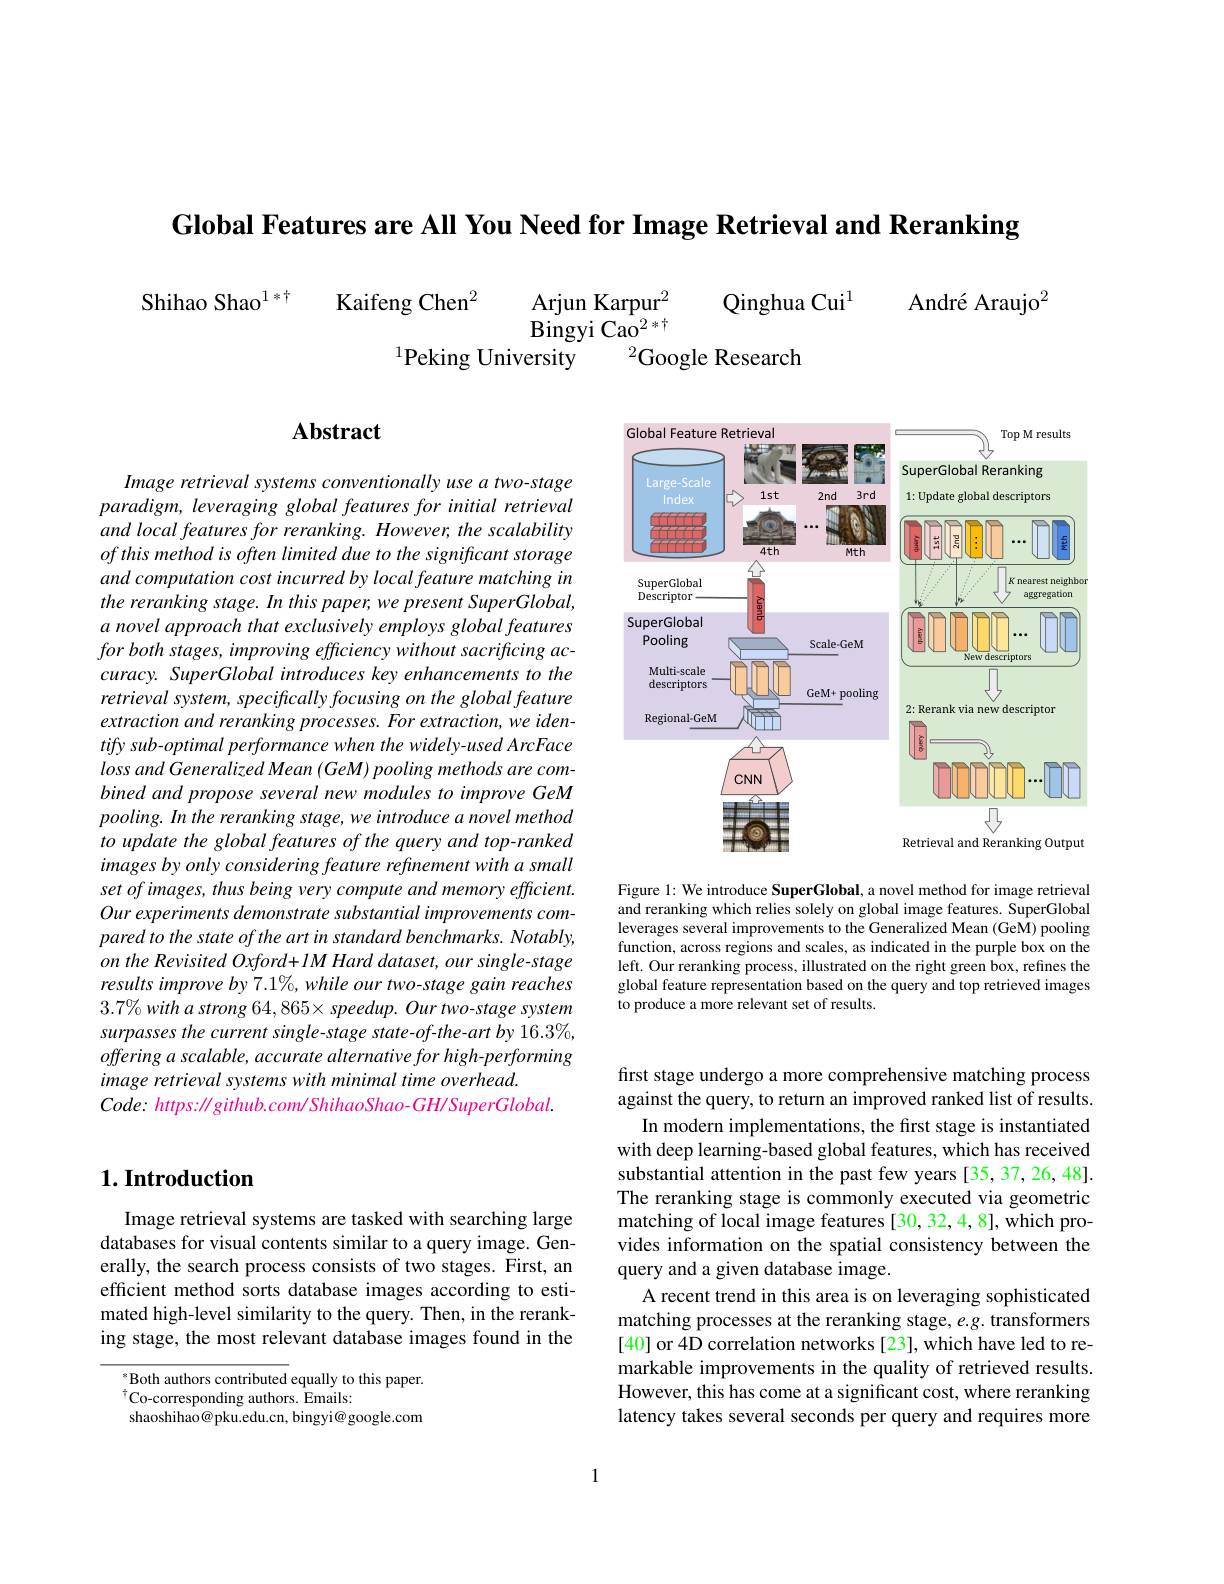
Global Features are All You Need for Image Retrieval and Reranking

André Araujo$^{2}$

Qinghua Cui$^{1}$
Arjun Karpur$^{2}$
Shihao Shao$^{1* \dagger }$ Kaifeng Chen$^{2}$
Bingyi Cao$^{2*\dagger}$
$^{2}$Google Research
$^{1}$Peking University

# Abstract

Image retrieval systems conventionally use a two-stage paradigm, leveraging global features for initial retrieval and local features for reranking. However, the scalability of this method is often limited due to the significant storage and computation cost incurred by local feature matching in the reranking stage. In this paper, we present SuperGlobal, a novel approach that exclusively employs global features for both stages, improving efficiency without sacrificing accuracy. SuperGlobal introduces key enhancements to the retrieval system, specifically focusing on the global feature extraction and reranking processes. For extraction, we identify sub-optimal performance when the widely-used ArcFace loss and Generalized Mean (GeM) pooling methods are combined and propose several new modules to improve GeM pooling. In the reranking stage, we introduce a novel method to update the global features of the query and top-ranked images by only considering feature refinement with a small set of images, thus being very compute and memory efficient. Our experiments demonstrate substantial improvements compared to the state of the art in standard benchmarks. Notably, on the Revisited Oxford+ IM Hard dataset, our single-stage results improve by 7.1%, while our two-stage gain reaches $3.7\%withastrong64,865\times speedup.Ourtwo-stagesystem$ surpasses the current single-stage state-of-the-art by 16.3%, offering a scalable, accurate alternative for high-performing image retrieval systems with minimal time overhead.
$Code:https:\|github.com/ShihaoShao-GH/SuperGlobal.$

<FigureHere>

Figure 1: We introduce SuperGlobal, a novel method for image retrieval and reranking which relies solely on global image features. SuperGlobal leverages several improvements to the Generalized Mean (GeM) pooling function, across regions and scales, as indicated in the purple box on the left. Our reranking process, illustrated on the right green box, refines the global feature representation based on the query and top retrieved images to produce a more relevant set of results.

## $1. \textbf{Introduction}$

Image retrieval systems are tasked with searching large databases for visual contents similar to a query image. Generally, the search process consists of two stages. First, an efficient method sorts database images according to estimated high-level similarity to the query. Then, in the reranking stage, the most relevant database images found in the

Both authors contributed equally to this paper.
Co-corresponding authors. Emails:
shaoshihao@pku.edu.cn, bingyi@ google.com

first stage undergo a more comprehensive matching process against the query, to return an improved ranked list of results.
In modern implementations, the first stage is instantiated with deep learning-based global features, which has received substantial attention in the past few years [35,37,26,48]. The reranking stage is commonly executed via geometric matching of local image features [30, 32, 4, 8], which provides information on the spatial consistency between the query and a given database image.
A recent trend in this area is on leveraging sophisticated matching processes at the reranking stage, e.g. transformers [40] or 4D correlation networks [23], which have led to remarkable improvements in the quality of retrieved results. However, this has come at a significant cost, where reranking latency takes several seconds per query and requires more